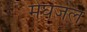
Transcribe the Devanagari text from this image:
मेघजल